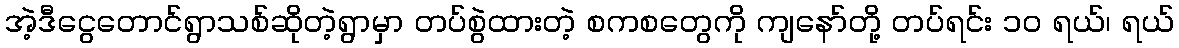
အဲ့ဒီငွေတောင်ရွာသစ်ဆိုတဲ့ရွာမှာ တပ်စွဲထားတဲ့ စကစတွေကို ကျနော်တို့ တပ်ရင်း ၁၀ ရယ်၊ ရယ်